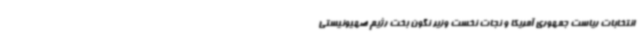
انتخابات ریاست جمهوری آمریکا و نجات نخست وزیر نگون بخت رژیم صهیونیستی